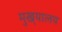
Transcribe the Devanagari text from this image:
मुख्‌यालय